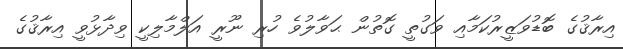
އިރާޤުގެ ބޮޑުވަޒީރުކަމާއި ވަގުތީ ގޮތުން ޙަވާލުވެ ހުރި ނޫރީ އަލްމާލިކީ ވިދާޅުވީ އިރާޤުގެ